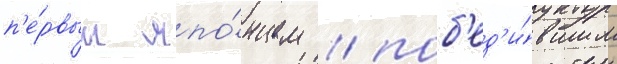
п'е́рвым япо́нцем / поб'ед'и́вшим